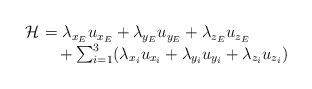
LaTeX: \begin{align*} \left.\begin{array}{l l}\mathcal{H}\!\!\! &= \lambda_{x_E} u_{x_E} +\lambda_{y_E} u_{y_E} +\lambda_{z_E} u_{z_E} \\ &~~ + \sum_{i=1}^3 ( \lambda_{x_i} u_{x_i} + \lambda_{y_i} u_{y_i} +\lambda_{z_i} u_{z_i} ) \end{array} \right. \end{align*}